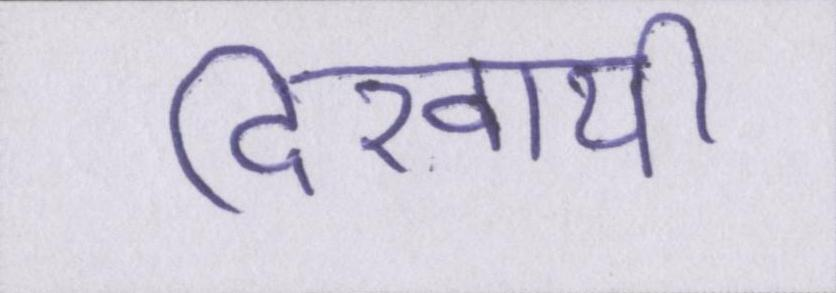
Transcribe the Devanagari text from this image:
दिखायी